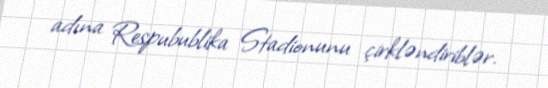
adına Respubublika Stadionunu çirkləndiriblər.